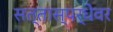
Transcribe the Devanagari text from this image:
सत्तास्पर्धेवर